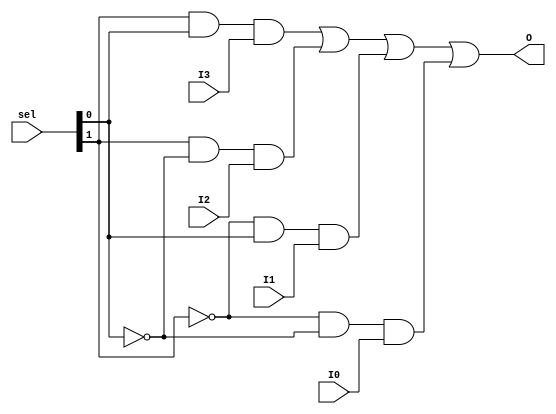
`timescale 1ns / 1ps
//////////////////////////////////////////////////////////////////////////////////
// Company: 
// Engineer: 
// 
// Design Name: 
// Module Name:    Mux_4x1 
// Project Name: 
// Target Devices: 
// Tool versions: 
// Description: 
//
// Dependencies: 
//
// Revision: 
// Revision 0.01 - File Created
// Additional Comments: 
//
//////////////////////////////////////////////////////////////////////////////////
module Mux_4x1(
    input I0,
    input I1,
    input I2,
    input I3,
    input [1:0] sel,
    output O
    );
	 
	 wire sel0_bar, sel1_bar;
	 //Level-1 AND gate outputs
	 wire [3:0] L1;
	 
	 not N1(sel0_bar, sel[0]);
	 not N2(sel1_bar, sel[1]);
	 
	 //Level-1 AND gates
	 and A1(L1[0],sel1_bar,  sel0_bar, I0);
	 and A2(L1[1],sel1_bar,  sel[0], I1);
	 and A3(L1[2],sel[1],  sel0_bar, I2);
	 and A4(L1[3],sel[1],  sel[0], I3);
	 
	 //Level-2 OR gate
	 or O1(O, L1[3], L1[2], L1[1], L1[0]);

endmodule